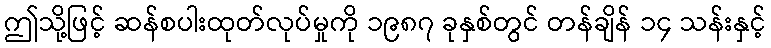
ဤသို့ဖြင့် ဆန်စပါးထုတ်လုပ်မှုကို ၁၉၈၇ ခုနှစ်တွင် တန်ချိန် ၁၄ သန်းနှင့်